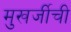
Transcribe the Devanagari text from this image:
मुखर्जीची